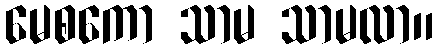
မေစကော သာမ သာမလာ။